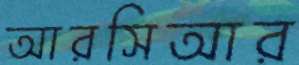
আরসিআর